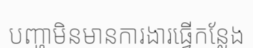
បញ្ហាមិនមានការងារធ្វើកន្លែង